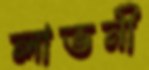
লাভনী